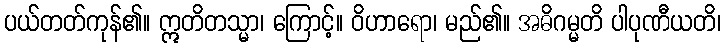
ပယ်တတ်ကုန်၏။ ဣတိတသ္မာ၊ ကြောင့်။ ဝိဟာရော၊ မည်၏။ အဓိဂမ္မတိ ပါပုဏီယတိ၊